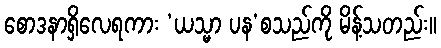
စောဒနာရှိလေရကား ‘ယသ္မာ ပန’စသည်ကို မိန့်သတည်း။